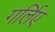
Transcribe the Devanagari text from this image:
गर्लिए